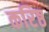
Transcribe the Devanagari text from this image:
करिष्ठ